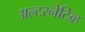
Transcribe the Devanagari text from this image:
अल्टरनेटिव्ह